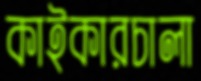
কাইকারচালা